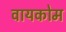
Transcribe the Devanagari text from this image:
वायकोम